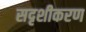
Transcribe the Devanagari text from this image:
सदृशीकरण